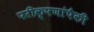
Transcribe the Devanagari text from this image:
परीक्षणांपैकी